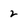
Character: 2